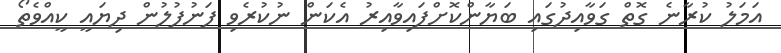
އަމަލު ކުރާނެ ގޮތް ގަވާއިދުގައި ބަޔާންކޮށްފައިވާއިރު އެކަން ނުކުރެވި ފަނުފުލުން ދިޔައީ ކީއްވެތޯ